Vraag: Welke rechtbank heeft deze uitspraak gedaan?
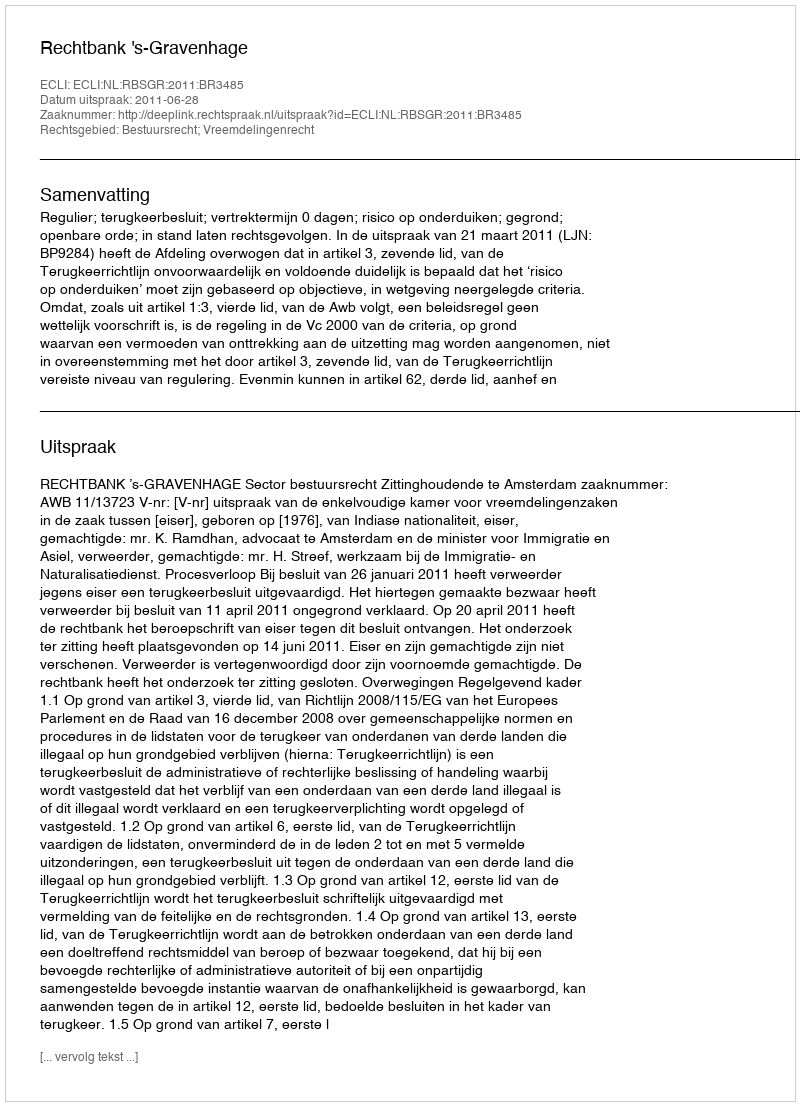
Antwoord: Rechtbank 's-Gravenhage